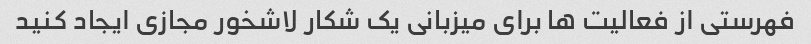
فهرستی از فعالیت ها برای میزبانی یک شکار لاشخور مجازی ایجاد کنید